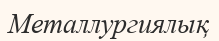
Металлургиялық